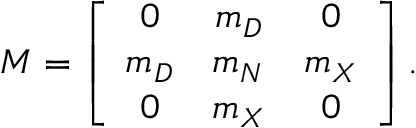
{ \cal M } = \left[ \begin{array} { c c c } { { 0 } } & { { m _ { D } } } & { { 0 } } \\ { { m _ { D } } } & { { m _ { N } } } & { { m _ { X } } } \\ { { 0 } } & { { m _ { X } } } & { { 0 } } \end{array} \right] .